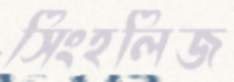
সিংহলিজ